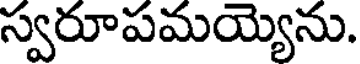
స్వరూపమయ్యెను.